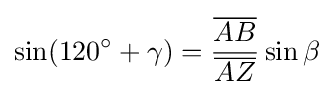
\sin(120^{\circ }+\gamma )={\frac {\overline {AB}}{\overline {AZ}}}\sin \beta